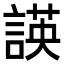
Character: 𮘡